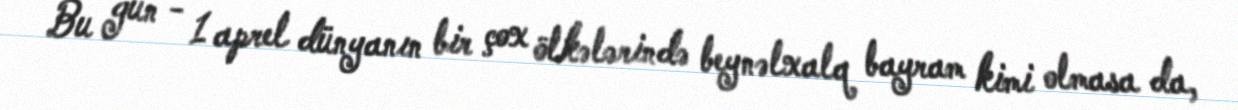
Bu gün - 1 aprel dünyanın bir çox ölkələrində beynəlxalq bayram kimi olmasa da,